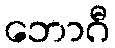
ဘောဂီ